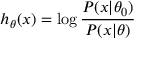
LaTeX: h _ { \theta } ( x ) = \log { \frac { P ( x | \theta _ { 0 } ) } { P ( x | \theta ) } }